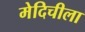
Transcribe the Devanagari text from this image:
मेदिचीला